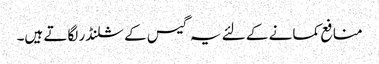
منافع کمانے کے لئے یہ گیس کے سلنڈر لگاتے ہیں۔